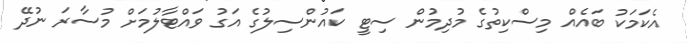
އެކަމަކު ބައެއް މިސްކިތުގެ މުދިމުން ސިޓީ ކައުންސިލުގެ އަގު ވައްޓާލުމަށް މުސާރަ ނުދޭ